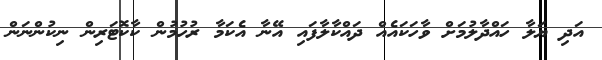
އަދި ޔަލާ ހައްދާލުމަށް ވާހަކައެއް ދައްކާލާފައި އޭނާ އެކަމާ ރުހުމުން ކާކޮޓަރިން ނިކުންނަން